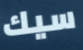
سيك